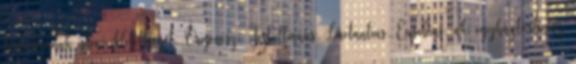
tartalmának isteni ihletettségét. Órigenész, Tertullianus, Lactantius, Eusebius, aki egyháztörténész